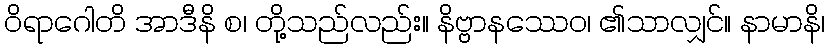
ဝိရာဂေါတိ အာဒီနိ စ၊ တို့သည်လည်း။ နိဗ္ဗာနဿေဝ၊ ၏သာလျှင်။ နာမာနိ၊